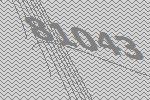
81043